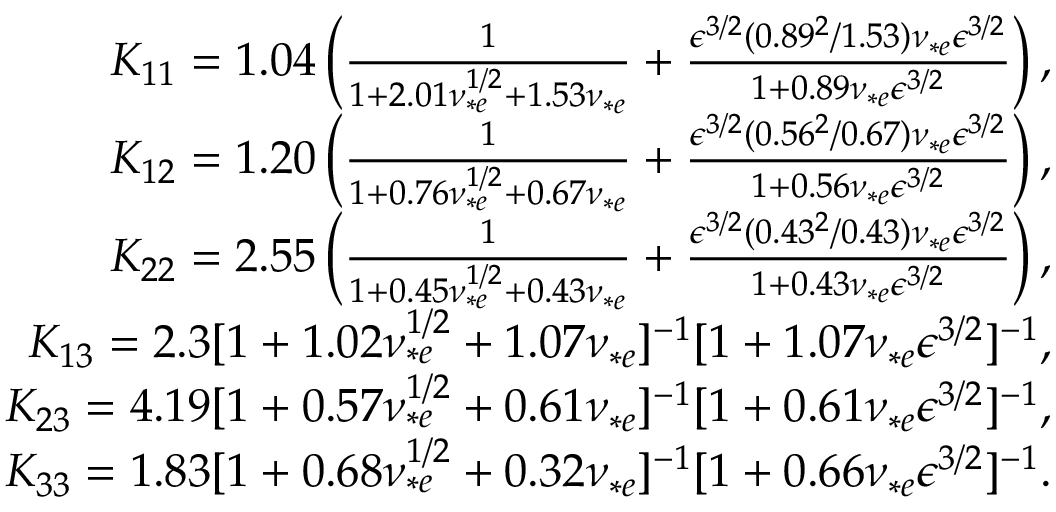
\begin{array} { r } { K _ { 1 1 } = 1 . 0 4 \left( \frac { 1 } { 1 + 2 . 0 1 \nu _ { * e } ^ { 1 / 2 } + 1 . 5 3 \nu _ { * e } } + \frac { \epsilon ^ { 3 / 2 } ( 0 . 8 9 ^ { 2 } / 1 . 5 3 ) \nu _ { * e } \epsilon ^ { 3 / 2 } } { 1 + 0 . 8 9 \nu _ { * e } \epsilon ^ { 3 / 2 } } \right) , } \\ { K _ { 1 2 } = 1 . 2 0 \left( \frac { 1 } { 1 + 0 . 7 6 \nu _ { * e } ^ { 1 / 2 } + 0 . 6 7 \nu _ { * e } } + \frac { \epsilon ^ { 3 / 2 } ( 0 . 5 6 ^ { 2 } / 0 . 6 7 ) \nu _ { * e } \epsilon ^ { 3 / 2 } } { 1 + 0 . 5 6 \nu _ { * e } \epsilon ^ { 3 / 2 } } \right) , } \\ { K _ { 2 2 } = 2 . 5 5 \left( \frac { 1 } { 1 + 0 . 4 5 \nu _ { * e } ^ { 1 / 2 } + 0 . 4 3 \nu _ { * e } } + \frac { \epsilon ^ { 3 / 2 } ( 0 . 4 3 ^ { 2 } / 0 . 4 3 ) \nu _ { * e } \epsilon ^ { 3 / 2 } } { 1 + 0 . 4 3 \nu _ { * e } \epsilon ^ { 3 / 2 } } \right) , } \\ { K _ { 1 3 } = 2 . 3 [ 1 + 1 . 0 2 \nu _ { * e } ^ { 1 / 2 } + 1 . 0 7 \nu _ { * e } ] ^ { - 1 } [ 1 + 1 . 0 7 \nu _ { * e } \epsilon ^ { 3 / 2 } ] ^ { - 1 } , } \\ { K _ { 2 3 } = 4 . 1 9 [ 1 + 0 . 5 7 \nu _ { * e } ^ { 1 / 2 } + 0 . 6 1 \nu _ { * e } ] ^ { - 1 } [ 1 + 0 . 6 1 \nu _ { * e } \epsilon ^ { 3 / 2 } ] ^ { - 1 } , } \\ { K _ { 3 3 } = 1 . 8 3 [ 1 + 0 . 6 8 \nu _ { * e } ^ { 1 / 2 } + 0 . 3 2 \nu _ { * e } ] ^ { - 1 } [ 1 + 0 . 6 6 \nu _ { * e } \epsilon ^ { 3 / 2 } ] ^ { - 1 } . } \end{array}